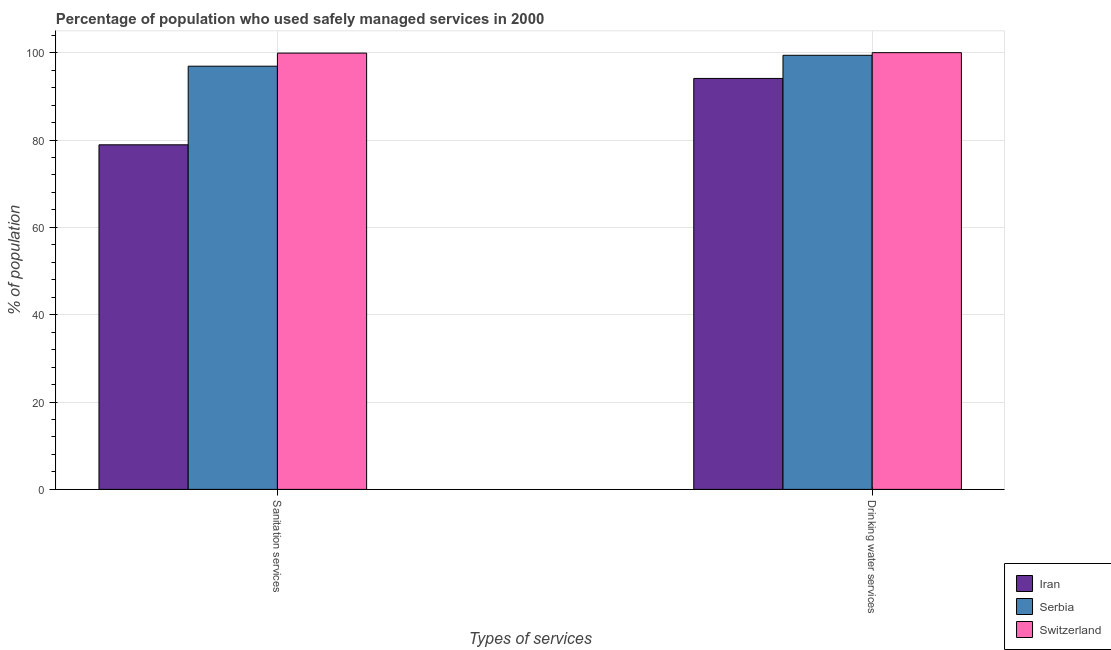
| Types of services | Iran | Serbia | Switzerland |
 | --- | --- | --- | --- |
 | Sanitation services | 78.9 | 96.9 | 99.9 |
 | Drinking water services | 94.1 | 99.4 | 100 |